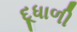
દૂધાળી